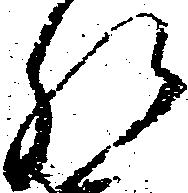
肝